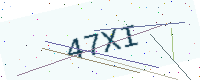
Text: 47XI